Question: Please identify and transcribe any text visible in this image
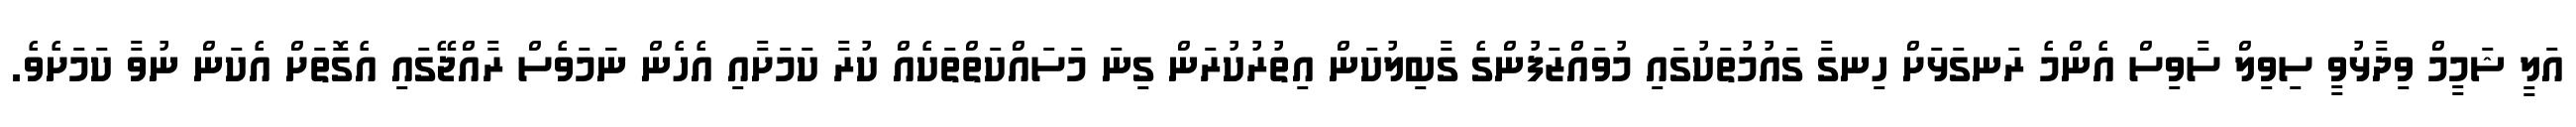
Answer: އަލީ ޝަމީމް ވިދާޅުވީ ސިވިލް ސާވިސް އެންމެ ރަނގަޅަށް ހިނގާ ގައުމުތަކުގައި މުވައްޒަފުންގެ ގާބިލުކަން އިތުރުކުރަން ގިނަ މަސައްކަތްތަކެއް ކުރާ ކަމަށާއި އެހެން ނަަމަވެސް ރާއްޖޭގައި އެގޮތަށް އެކަން ނުވާ ކަމަށެވެ.